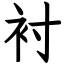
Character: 衬